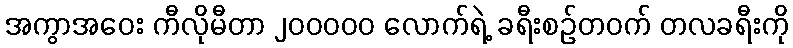
အကွာအဝေး ကီလိုမီတာ ၂၀၀၀၀၀ လောက်ရဲ့ ခရီးစဉ်တဝက် တလခရီးကို